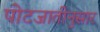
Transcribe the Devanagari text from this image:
पोटजातीनुसार